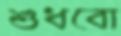
শুধবো